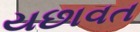
યછાવત